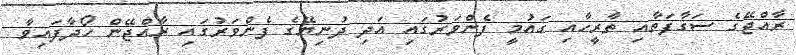
ރާއްޖޭގެ ސަގާފަތާއި ތާރީހާއި ގައުމީ ފެންވަރުގައި އަދި ދުނިޔޭގެ ފެންވަރުގައި ރާއްޖޭން ހޯދާފައިވާ